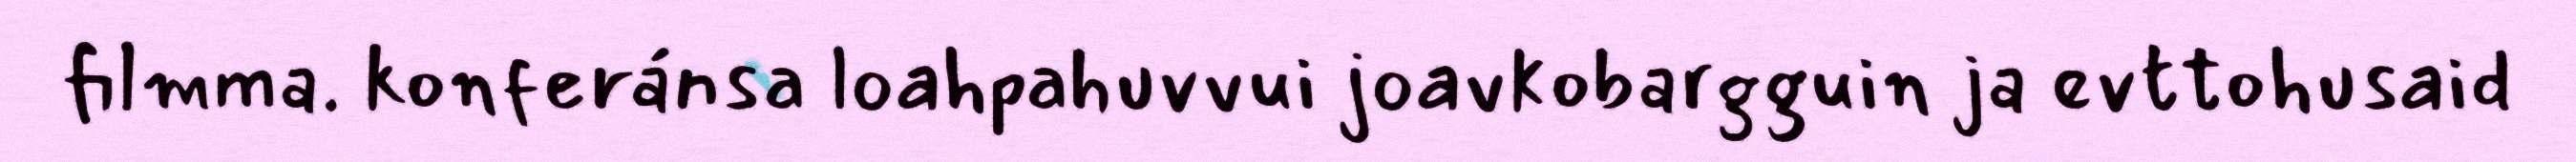
filmma. konferánsa loahpahuvvui joavkobargguin ja evttohusaid